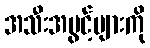
အသီးအပွင့်များကို